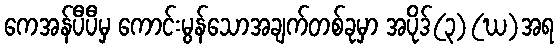
ကေအန်ပီပီမှ ကောင်းမွန်သောအချက်တစ်ခုမှာ အပိုဒ်(၃)(ဃ)အရ